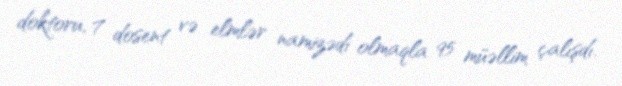
doktoru, 7 dosent və elmlər namizədi olmaqla 95 müəllim çalışdı.